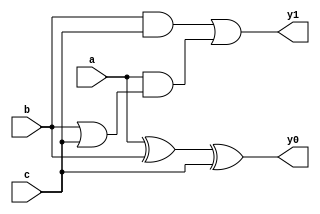
module OC3GL (input a,b,c,output y0,y1);
  xor #(20,21) g1 (y0,a,b,c);
  
  wire o1,o2,o3;
  and #(3,4) g2 (o1,b,c);
  or #(6,5) g3 (o2,b,c);
  and #(3,4) g4 (o3,a,o2);
  or #(6,5) g5 (y1,o1,o3);
endmodule